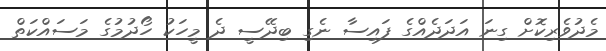
މެދުވެރިކޮށް ގިނަ އަދަދެއްގެ ފައިސާ ނެގި ބިދޭސީ ދެ މީހަކު ހޯދުމުގެ މަސައްކަތް